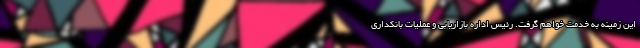
این زمینه به خدمت خواهم گرفت. رئیس اداره بازاریابی و عملیات بانکداری